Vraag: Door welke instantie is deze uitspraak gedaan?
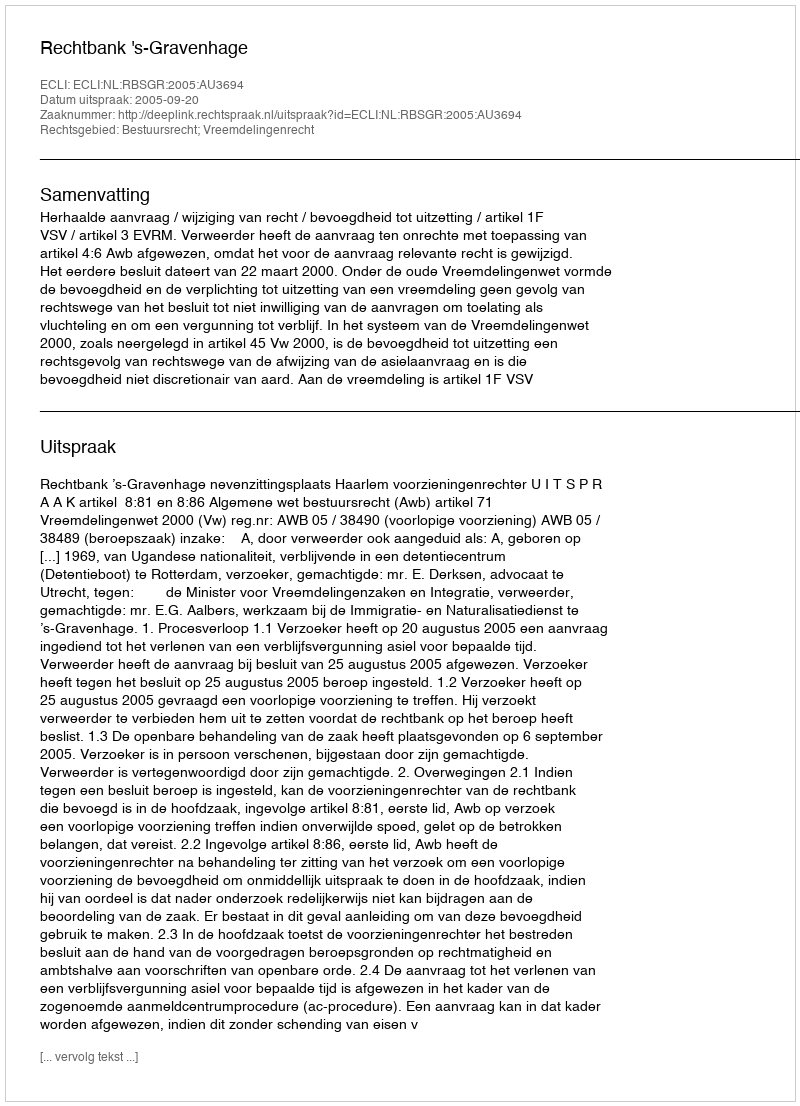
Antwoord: Rechtbank 's-Gravenhage